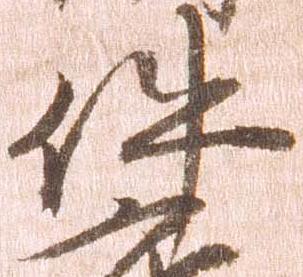
件